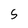
Character: 5